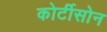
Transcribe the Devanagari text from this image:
कोर्टीसोन